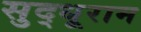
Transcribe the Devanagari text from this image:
सुद्धूराम